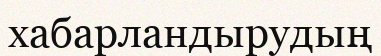
хабарландырудың